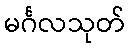
မင်္ဂလသုတ်